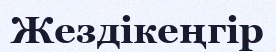
Жездікеңгір